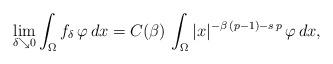
LaTeX: \begin{align*}\lim_{\delta\searrow 0}\int_{\Omega} f_\delta\,\varphi\,dx=C(\beta)\,\int_\Omega |x|^{-\beta\,(p-1)-s\,p}\,\varphi\,dx,\end{align*}